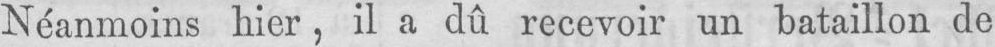
Néanmoins hier, il a dû recevoir un bataillon de